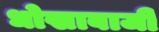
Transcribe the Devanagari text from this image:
धोखाबाजी